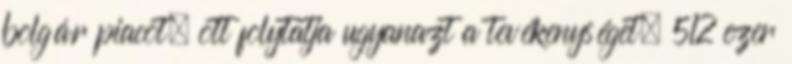
bolgár piacot, ott folytatja ugyanazt a tevékenységet, 512 ezer